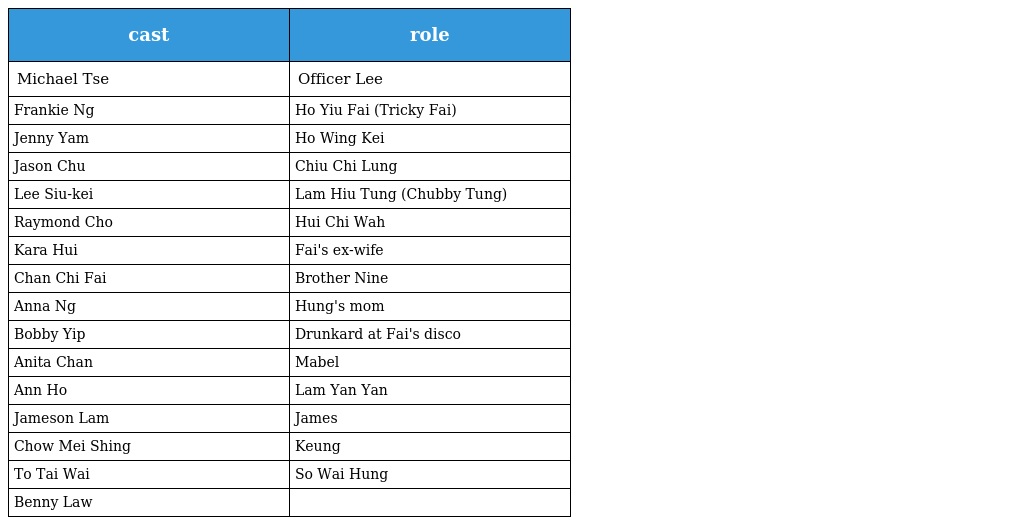
| cast | role |
 | --- | --- |
 | Michael Tse | Officer Lee |
 | Frankie Ng | Ho Yiu Fai (Tricky Fai) |
 | Jenny Yam | Ho Wing Kei |
 | Jason Chu | Chiu Chi Lung |
 | Lee Siu-kei | Lam Hiu Tung (Chubby Tung) |
 | Raymond Cho | Hui Chi Wah |
 | Kara Hui | Fai's ex-wife |
 | Chan Chi Fai | Brother Nine |
 | Anna Ng | Hung's mom |
 | Bobby Yip | Drunkard at Fai's disco |
 | Anita Chan | Mabel |
 | Ann Ho | Lam Yan Yan |
 | Jameson Lam | James |
 | Chow Mei Shing | Keung |
 | To Tai Wai | So Wai Hung |
 | Benny Law |  |